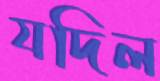
যদিল